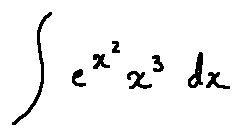
\int e ^ { x ^ { 2 } } x ^ { 3 } d x